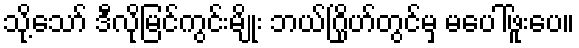
သို့သော် ဒီလိုမြင်ကွင်းမျိုး ဘယ်ဂြိုဟ်တွင်မှ မပေါ်ဖူးပေ။